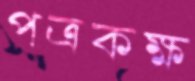
পত্রকক্ষ